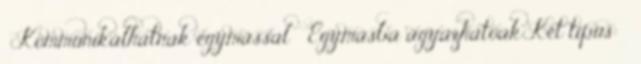
 Kommunikálhatnak egymással  Egymásba ágyazhatóak Két típus: 